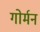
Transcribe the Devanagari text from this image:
गोर्मन